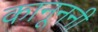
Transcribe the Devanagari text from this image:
कानूननी